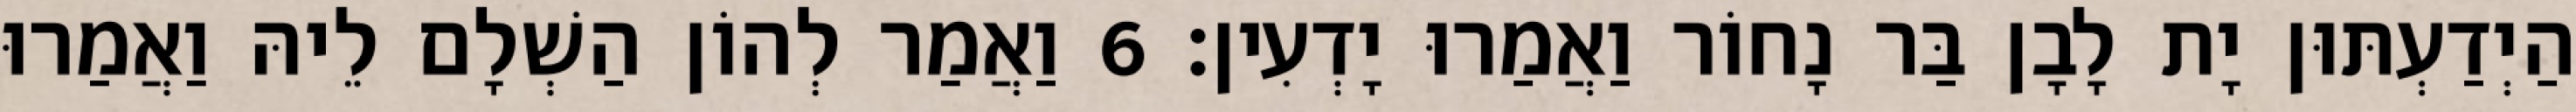
הַיְדַעְתּוּן יָת לָבָן בַּר נָחוֹר וַאֲמַרוּ יָדְעִין׃ 6 וַאֲמַר לְהוֹן הַשְׁלָם לֵיהּ וַאֲמַרוּ